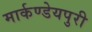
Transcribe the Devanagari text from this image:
मार्कण्डेयपुरी